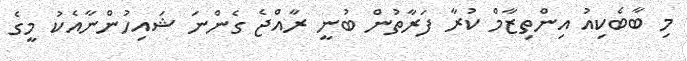
މި ބާބެކިއު އިންތިޒާމް ކުރާ ފަރާތުން ބުނީ ރާއްޖެ ގެންނަ ޝައިހުންނާއެކު މީގެ